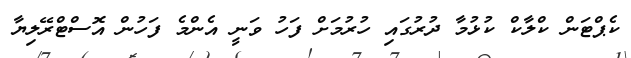
ކެޕްޓަން ކްލާކް ކުޅުމާ ދުރުގައި ހުރުމަށް ފަހު ވަނީ އެންމެ ފަހުން އޮސްޓްރޭލިޔާ